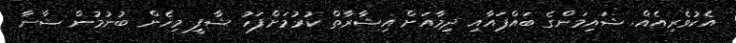
އެކުވެރިއެއް. ޝައިމަންގެ ބައްޕައާއި ދިމާއަށް އިޝާރާތް ކުރުމަށްފަހު ޝާފީ މިހެން ބުނުމުން ޝާނާ